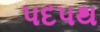
પદપથ